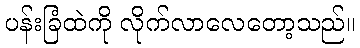
ပန်းခြံထဲကို လိုက်လာလေတော့သည်။